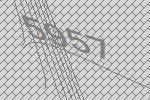
5957